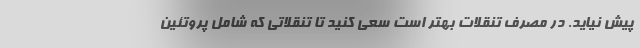
پیش نیاید. در مصرف تنقلات بهتر است سعی کنید تا تنقلاتی که شامل پروتئین